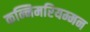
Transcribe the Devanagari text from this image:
कन्निमरियम्मन